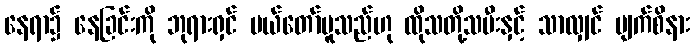
နေရာ၌ နေခြင်းကို ဘုရားရှင် ပယ်တော်မူသည်ဟု ထိုသတို့သမီးနှင့် သာလျှင် မျက်စိနား